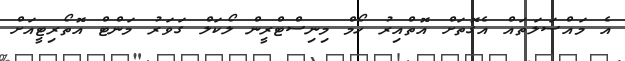
އެ މައްސަލަތައް އެގޮތަށް އޮތްއިރު ހޯމް މިނިސްޓްރީން ލޯކަލް ގަވަރު މަންޓް އޮތޯރިޓީއަށް